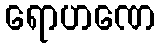
ရောဟဏေ